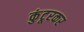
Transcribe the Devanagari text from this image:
कुंटूरकर